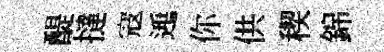
醍撻寇𨓱你供稧錦